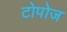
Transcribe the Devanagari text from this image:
टोपोज